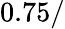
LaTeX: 0.75/